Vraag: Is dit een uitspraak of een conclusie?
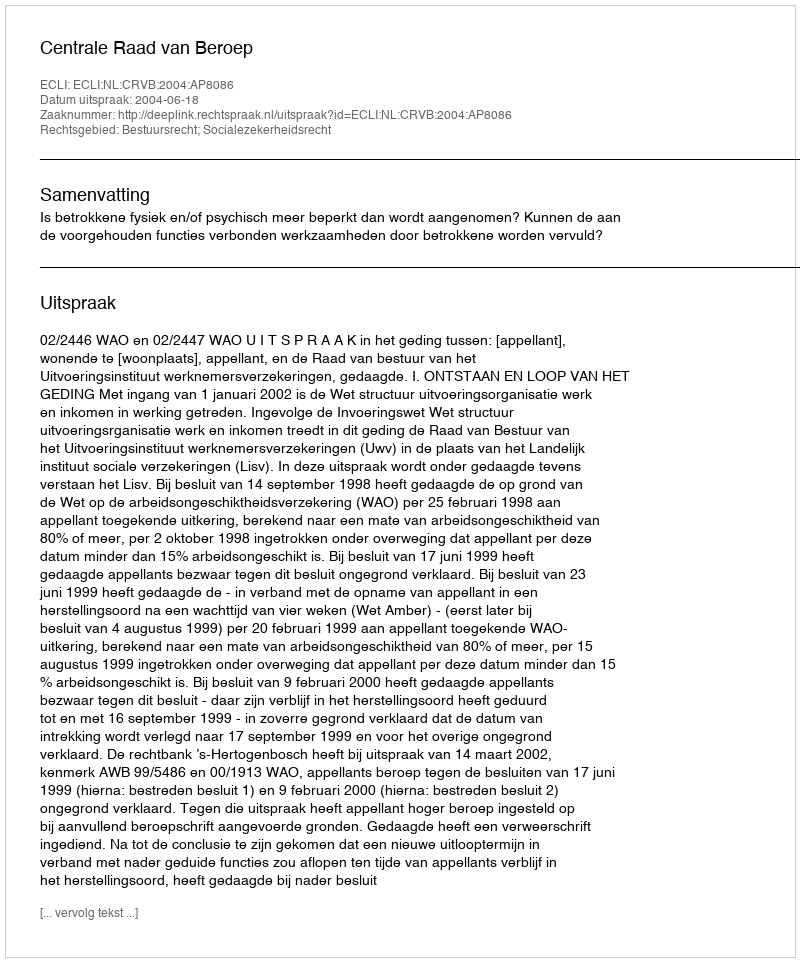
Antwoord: Uitspraak